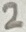
Text: 2